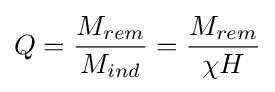
Q={\frac {M_{rem}}{M_{ind}}}={\frac {M_{rem}}{\chi H}}